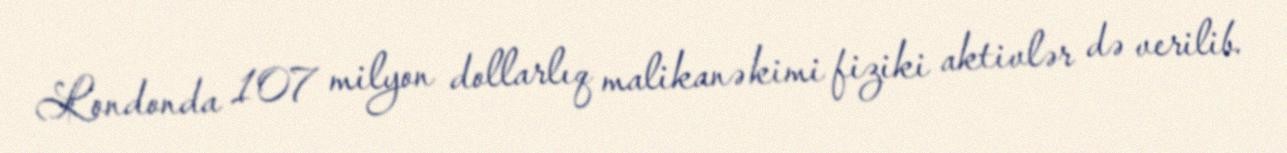
Londonda 107 milyon dollarlıq malikanə kimi fiziki aktivlər də verilib.